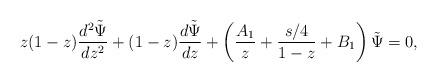
LaTeX: \begin{align*}z(1-z) {{d^2 \tilde \Psi} \over dz^2}+(1-z) {{d \tilde \Psi} \over d z}+\left ( {A_1 \over z} +{{s/4} \over 1-z} +B_1 \right ) \tilde \Psi=0,\end{align*}